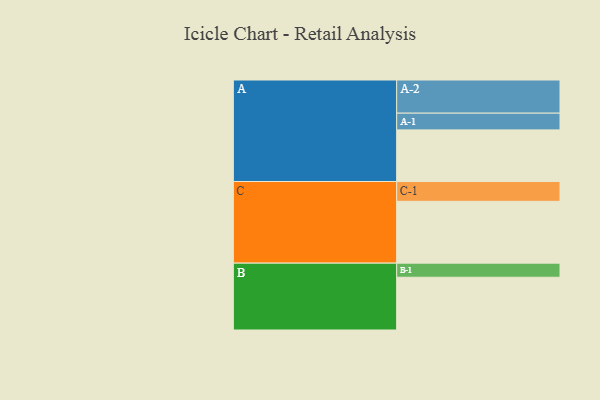
{"axis": {"x": "Segment", "y": "Value"}, "legend": ["", "A", "B", "C"], "data": [{"x": "A", "y": 450, "type": ""}, {"x": "B", "y": 460, "type": ""}, {"x": "C", "y": 539, "type": ""}, {"x": "A-1", "y": 146, "type": "A"}, {"x": "A-2", "y": 289, "type": "A"}, {"x": "B-1", "y": 123, "type": "B"}, {"x": "C-1", "y": 173, "type": "C"}]}